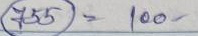
755 = 100